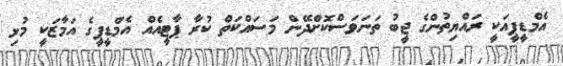
އެމްޑީޕީއަކީ ރައްޔިތުންގެ ޖީބު ތަނަވަސްކޮށްދޭން މަސައްކަތް ކުރާ ޕާޓީއެއް އެމްޑީޕީގެ އަމާޒަކީ މުޅި